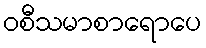
ဝစီသမာစာရောပေ